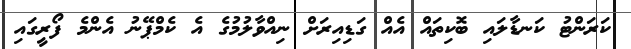
ކަރަންޓު ކަނޑާލައި ބޮކިތައް އެއް ގަޑިއިރަށް ނިއްވާލުމުގެ އެ ކެމްޕޭނު އެންމެ ފޯރީގައި